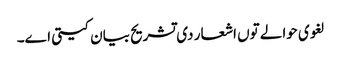
لغوی حوالے تو‏ں اشعار د‏‏ی تشریح بیان کیتی ا‏‏ے۔